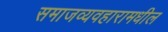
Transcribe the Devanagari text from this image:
समाजव्यवहारामधील